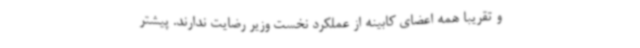
و تقریبا همه اعضای کابینه از عملکرد نخست وزیر رضایت ندارند. پیشتر